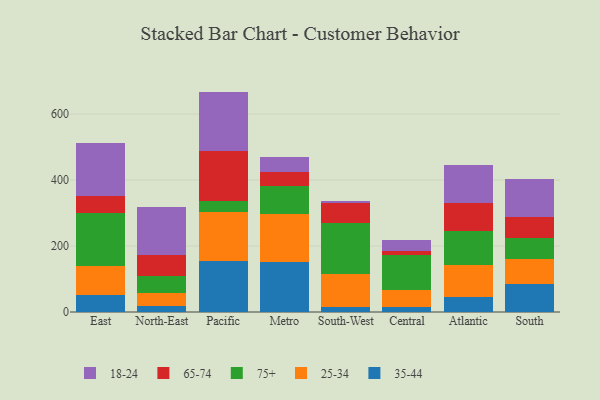
{"axis": {"x": "Region", "y": "Temperature (°C)"}, "legend": ["18-24", "25-34", "35-44", "65-74", "75+"], "data": [{"x": "East", "y": 50.4, "type": "35-44"}, {"x": "East", "y": 90.3, "type": "25-34"}, {"x": "East", "y": 159.5, "type": "75+"}, {"x": "East", "y": 50.2, "type": "65-74"}, {"x": "East", "y": 163.0, "type": "18-24"}, {"x": "North-East", "y": 17.4, "type": "35-44"}, {"x": "North-East", "y": 40.3, "type": "25-34"}, {"x": "North-East", "y": 50.5, "type": "75+"}, {"x": "North-East", "y": 63.2, "type": "65-74"}, {"x": "North-East", "y": 147.1, "type": "18-24"}, {"x": "Pacific", "y": 155.9, "type": "35-44"}, {"x": "Pacific", "y": 147.4, "type": "25-34"}, {"x": "Pacific", "y": 32.2, "type": "75+"}, {"x": "Pacific", "y": 153.0, "type": "65-74"}, {"x": "Pacific", "y": 179.5, "type": "18-24"}, {"x": "Metro", "y": 150.3, "type": "35-44"}, {"x": "Metro", "y": 146.5, "type": "25-34"}, {"x": "Metro", "y": 85.6, "type": "75+"}, {"x": "Metro", "y": 41.0, "type": "65-74"}, {"x": "Metro", "y": 47.9, "type": "18-24"}, {"x": "South-West", "y": 14.1, "type": "35-44"}, {"x": "South-West", "y": 100.1, "type": "25-34"}, {"x": "South-West", "y": 156.3, "type": "75+"}, {"x": "South-West", "y": 59.4, "type": "65-74"}, {"x": "South-West", "y": 6.9, "type": "18-24"}, {"x": "Central", "y": 16.1, "type": "35-44"}, {"x": "Central", "y": 49.7, "type": "25-34"}, {"x": "Central", "y": 106.2, "type": "75+"}, {"x": "Central", "y": 13.2, "type": "65-74"}, {"x": "Central", "y": 32.3, "type": "18-24"}, {"x": "Atlantic", "y": 46.8, "type": "35-44"}, {"x": "Atlantic", "y": 97.0, "type": "25-34"}, {"x": "Atlantic", "y": 102.5, "type": "75+"}, {"x": "Atlantic", "y": 85.0, "type": "65-74"}, {"x": "Atlantic", "y": 114.1, "type": "18-24"}, {"x": "South", "y": 85.1, "type": "35-44"}, {"x": "South", "y": 74.4, "type": "25-34"}, {"x": "South", "y": 64.3, "type": "75+"}, {"x": "South", "y": 63.1, "type": "65-74"}, {"x": "South", "y": 116.0, "type": "18-24"}]}